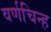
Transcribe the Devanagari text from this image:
वर्णचिन्ह